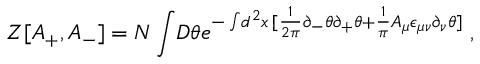
Z [ A _ { + } , A _ { - } ] = N \int \! D \theta e ^ { - \int \! d ^ { 2 } x \, [ \frac { 1 } { 2 \pi } \partial _ { - } \theta \partial _ { + } \theta + \frac { 1 } { \pi } A _ { \mu } \epsilon _ { \mu \nu } \partial _ { \nu } \theta ] } \; ,